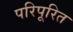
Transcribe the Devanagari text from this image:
परिपूरित